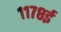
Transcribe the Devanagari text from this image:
११७८ई